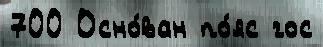
700 Осно́ван по́яс гос